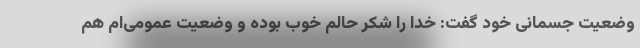
وضعیت جسمانی خود گفت: خدا را شکر حالم خوب بوده و وضعیت عمومی‌ام هم